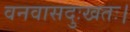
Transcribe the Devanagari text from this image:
वनवासदुःखतः।